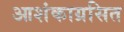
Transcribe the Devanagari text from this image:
आशंकाग्रसित